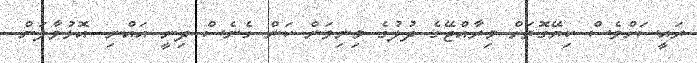
ރައީސަށްވެސް ކިޔޭގޮތަށް މިރާއްޖޭގެ ދުލުގެ މިނިވަން ކަން ގެނެސް ދިނީ އައްނި. އޮޅުވާލަން